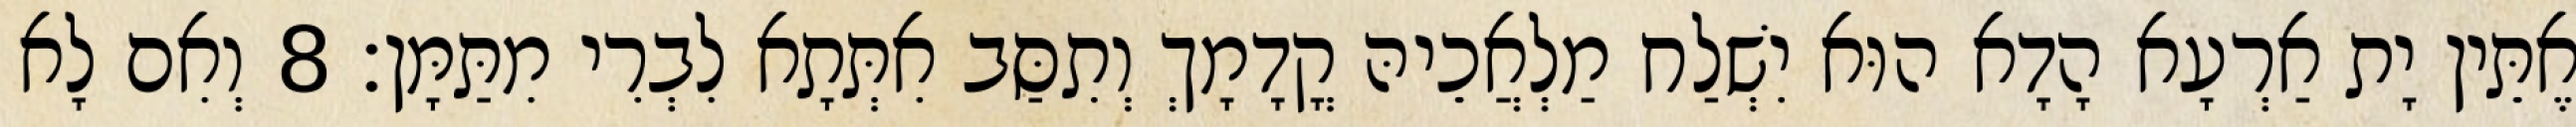
אֶתֵּין יָת אַרְעָא הָדָא הוּא יִשְׁלַח מַלְאֲכֵיהּ קֳדָמָךְ וְתִסַּב אִתְּתָא לִבְרִי מִתַּמָּן׃ 8 וְאִם לָא